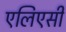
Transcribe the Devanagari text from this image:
एलिएसी